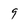
Character: 9